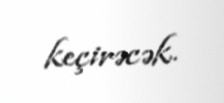
keçirəcək.